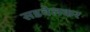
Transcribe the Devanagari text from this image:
सडवेलकर